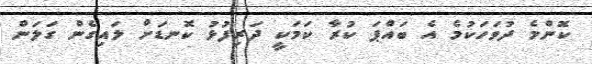
ކޮންމެ ދުވަހަކުމެ އެ ބައްޕަ ކުރާ ކަމަކީ ދަރިފުޅު ކޮނޑަށް ލައިގެން ގަލަން